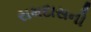
રામદાસની